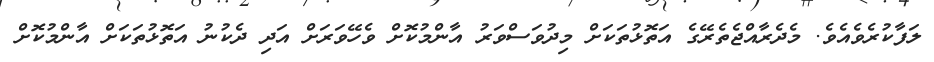
ލަފާކުރެވެއެވެ. މެދެރާއްޖެތެރޭގެ އަތޮޅުތަކަށް މިދުވަސްވަރު އާންމުކޮށް ވެހޭވަރަށް އަދި ދެކުނު އަތޮޅުތަކަށް އާންމުކޮށް